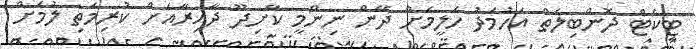
ޓިކެޓް ދޮންބިލަތް އަހުމަދު ހަލީމަށް ދޭން ނިންމީ ކާށިދޫ ދާއިރާއަށް ކުރިމަތި ލުމަށް